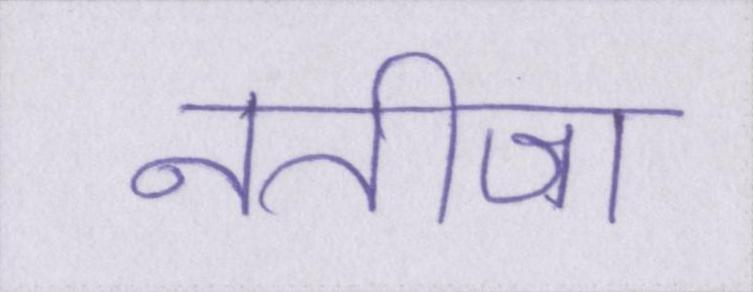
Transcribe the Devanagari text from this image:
नतीजा